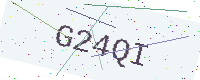
Text: G24QI